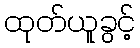
ထုတ်ယူခွင့်